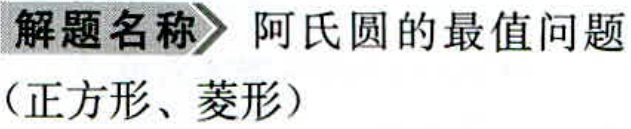
\textbf{解题名称} 阿氏圆的最值问题\\

（正方形、菱形）